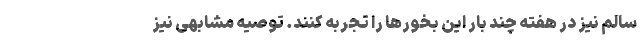
سالم نیز در هفته چند بار این بخورها را تجربه کنند. توصیه مشابهی نیز